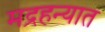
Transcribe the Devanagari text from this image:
मद्रहन्यात